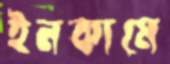
ইনকামে